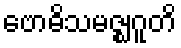
ဗောဓိသမဇ္ဈဂူတိ